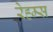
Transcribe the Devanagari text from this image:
रेह्म्स